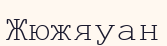
Жюжяуан